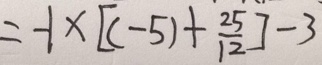
= - 1 \times [ ( - 5 ) + \frac { 2 5 } { 1 2 } ] - 3